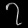
Digit: ၇